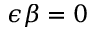
\epsilon \beta = 0